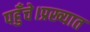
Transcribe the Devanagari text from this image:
पहुँचे।प्रख्यात